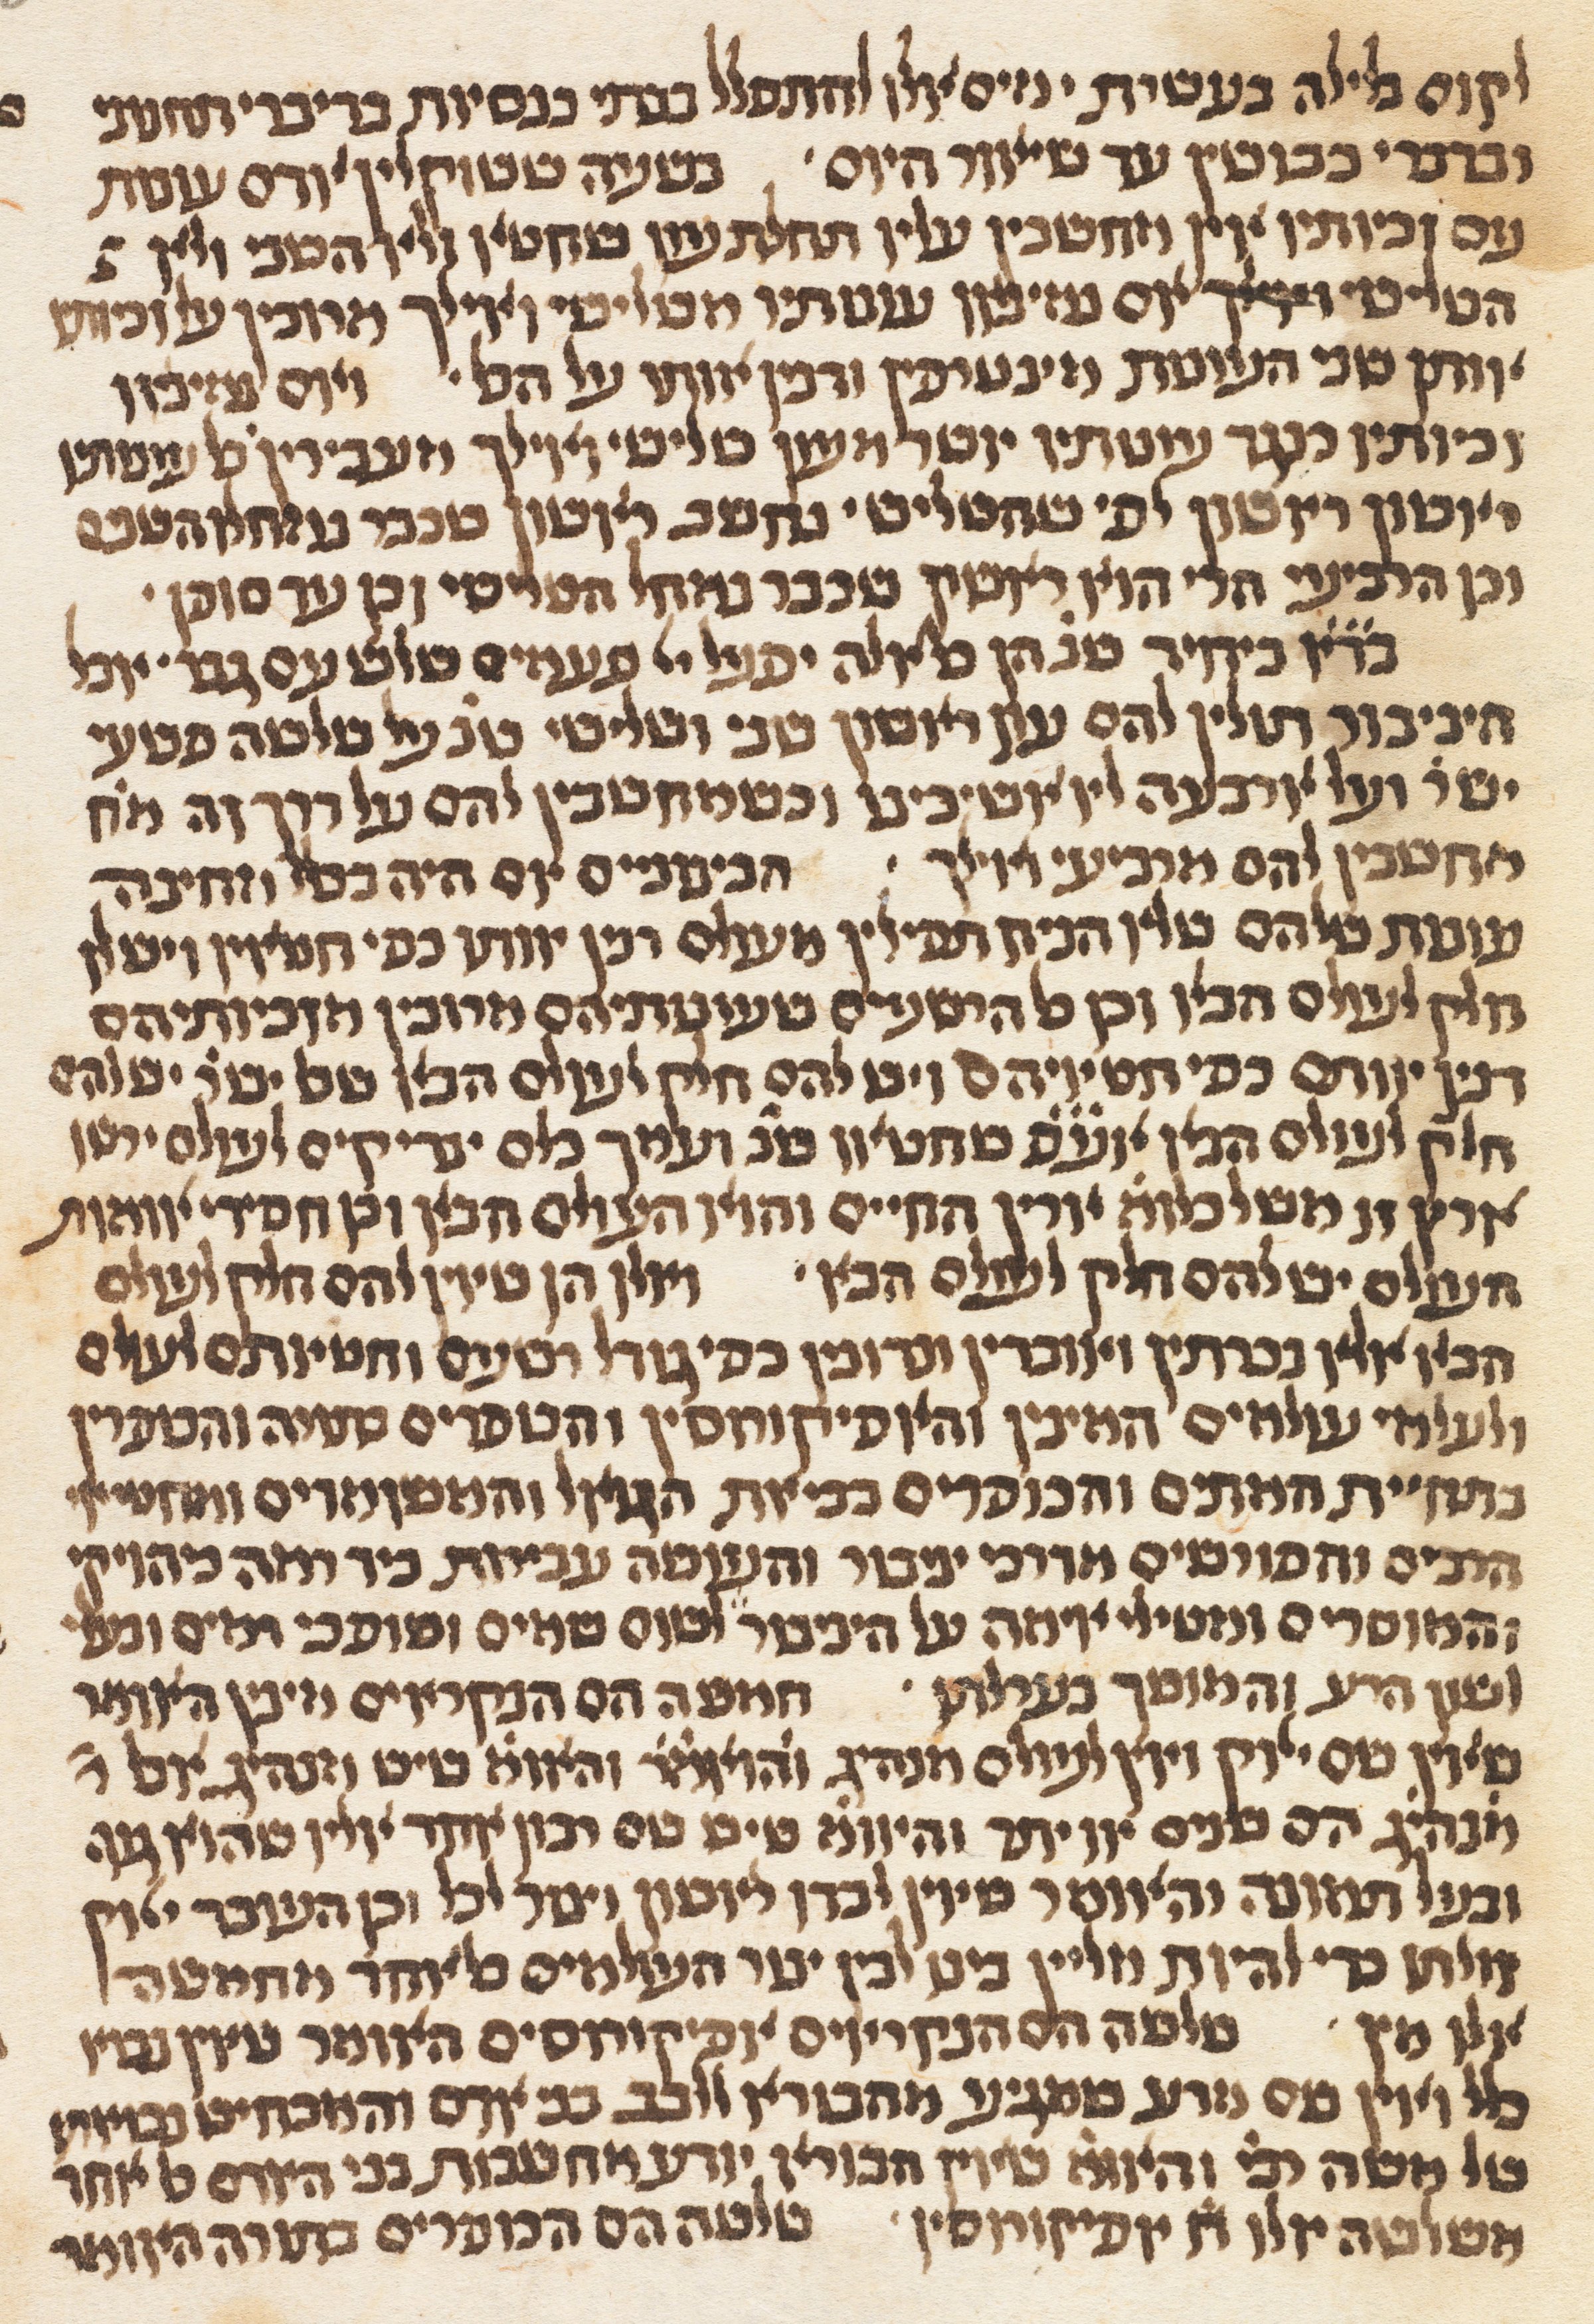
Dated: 1300–1349